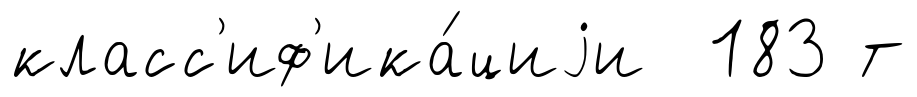
класс'иф'ика́циjи 183 т